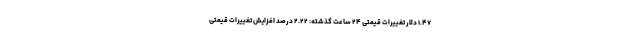
۱.۴۷ دلار تغییرات قیمتی ۲۴ ساعت گذشته: ۲.۲۲ درصد افزایش تغییرات قیمتی